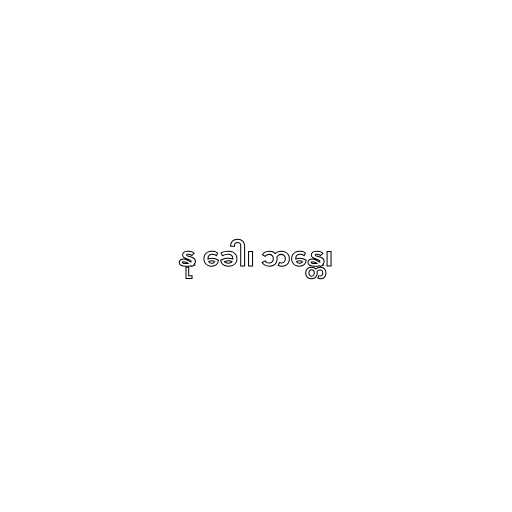
နု ခေါ၊ ဘန္တေ၊